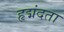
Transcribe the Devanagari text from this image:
हृद्मंदता